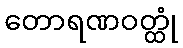
တောရဏဝတ္ထုံ